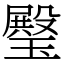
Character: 𤩱